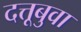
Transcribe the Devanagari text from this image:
दत्तूबुवा